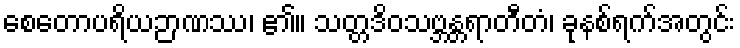
စေတောပရိယဉာဏဿ၊ ၏။ သတ္တဒိဝသဗ္ဘန္တရာတီတံ၊ ခုနစ်ရက်အတွင်း